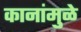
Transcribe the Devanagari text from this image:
कानांमुळे